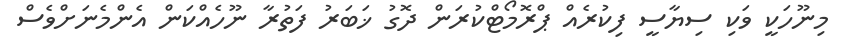
މިނޫހަކީ ވަކި ސިޔާސީ ފިކުރެއް ޕްރޮމޯޓްކުރަން ދޮގު ޚަބަރު ފަތުރާ ނޫހެއްކަން އެންމެނަށްވެސް